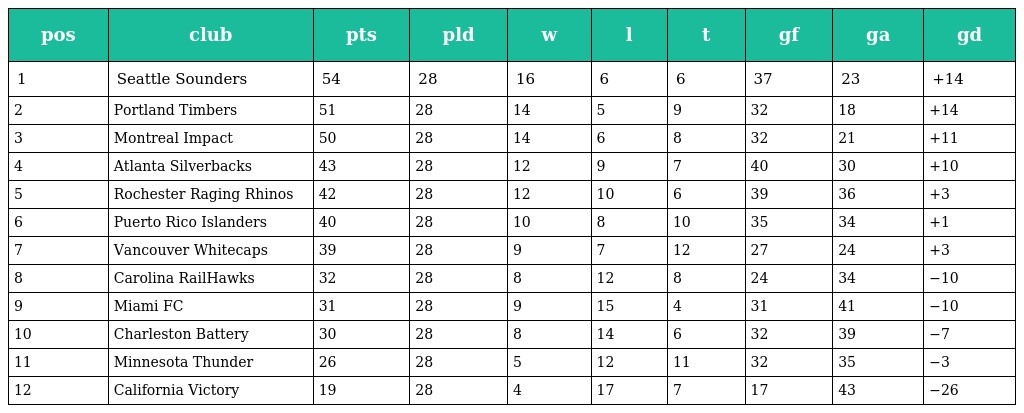
| pos | club | pts | pld | w | l | t | gf | ga | gd |
 | --- | --- | --- | --- | --- | --- | --- | --- | --- | --- |
 | 1 | Seattle Sounders | 54 | 28 | 16 | 6 | 6 | 37 | 23 | +14 |
 | 2 | Portland Timbers | 51 | 28 | 14 | 5 | 9 | 32 | 18 | +14 |
 | 3 | Montreal Impact | 50 | 28 | 14 | 6 | 8 | 32 | 21 | +11 |
 | 4 | Atlanta Silverbacks | 43 | 28 | 12 | 9 | 7 | 40 | 30 | +10 |
 | 5 | Rochester Raging Rhinos | 42 | 28 | 12 | 10 | 6 | 39 | 36 | +3 |
 | 6 | Puerto Rico Islanders | 40 | 28 | 10 | 8 | 10 | 35 | 34 | +1 |
 | 7 | Vancouver Whitecaps | 39 | 28 | 9 | 7 | 12 | 27 | 24 | +3 |
 | 8 | Carolina RailHawks | 32 | 28 | 8 | 12 | 8 | 24 | 34 | −10 |
 | 9 | Miami FC | 31 | 28 | 9 | 15 | 4 | 31 | 41 | −10 |
 | 10 | Charleston Battery | 30 | 28 | 8 | 14 | 6 | 32 | 39 | −7 |
 | 11 | Minnesota Thunder | 26 | 28 | 5 | 12 | 11 | 32 | 35 | −3 |
 | 12 | California Victory | 19 | 28 | 4 | 17 | 7 | 17 | 43 | −26 |